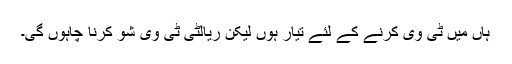
ہاں میں ٹی وی کرنے کے لئے تیار ہوں لیکن ریالٹی ٹی وی شو کرنا چاہوں گی۔